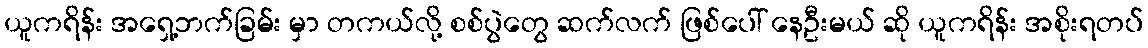
ယူကရိန်း အရှေ့ဘက်ခြမ်း မှာ တကယ်လို့ စစ်ပွဲတွေ ဆက်လက် ဖြစ်ပေါ် နေဦးမယ် ဆို ယူကရိန်း အစိုးရတပ်